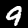
Label: 9